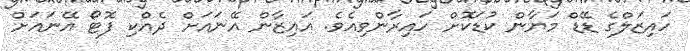
ހައިޒަލްގެ ޑޭޑް މަޔާން ކުޑަކޮށް ހައިރާންވިއެވެ. އައިޒާން އޭނައަށް ދެއްކި ފޮޓޯ އޭނައަށް